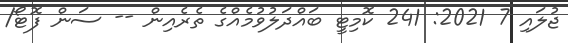
ޖުލައި 7 2021: 241 ކޮމިޓީ ބައްދަލުވުމެއްގެ ތެރެއިން -- ސަން ފޮޓޯ/